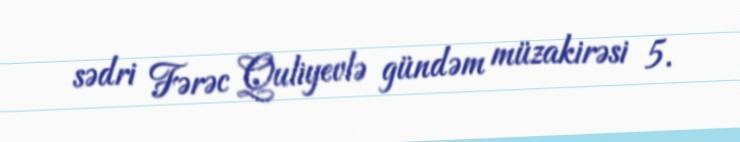
sədri Fərəc Quliyevlə gündəm müzakirəsi 5.